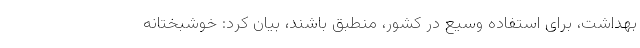
بهداشت، برای استفاده وسیع در کشور، منطبق باشند، بیان کرد: خوشبختانه